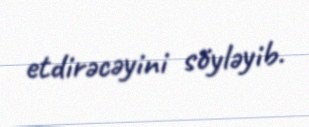
etdirəcəyini söyləyib.